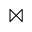
\bowtie